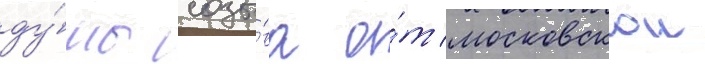
ду́мы созы́ва о́т московскои